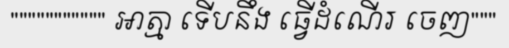
""""""""""" អាត្មា ទើបនឹង ធ្វើដំណើរ ចេញ"""